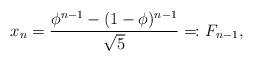
LaTeX: \begin{align*}x_n= \frac{\phi^{n-1}-(1-\phi)^{n-1}}{\sqrt{5}}=\!\colon F_{n-1},\end{align*}